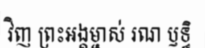
វិញ ព្រះអង្គម្ចាស់ រណ ឫទ្ធិ